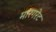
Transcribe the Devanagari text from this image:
मारगरेट